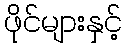
ဖိုင်များနှင့်